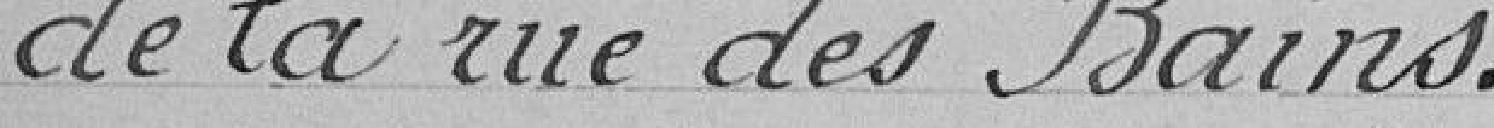
de la rue des bains